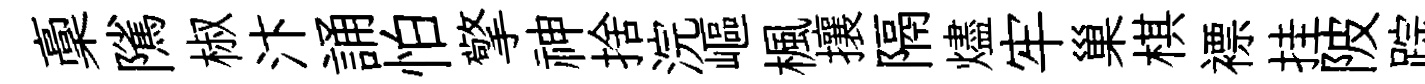
稾隲椒汴誦怕擎神捨浣嶇楓攘隔燼牢巢棋褾挂陂踪